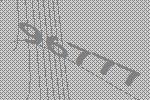
96777